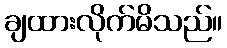
ချထားလိုက်မိသည်။